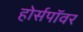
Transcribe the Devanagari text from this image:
होर्सपॉवर